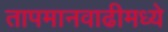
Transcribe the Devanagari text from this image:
तापमानवाढीमध्ये